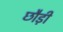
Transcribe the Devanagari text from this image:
छौड़ी